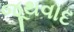
જૂથવાદ